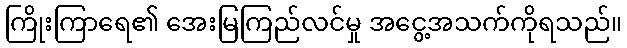
ကြိုးကြာရေ၏ အေးမြကြည်လင်မှု အငွေ့အသက်ကိုရသည်။